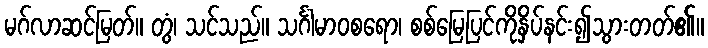
မဂ်လာဆင်မြတ်။ တွံ၊ သင်သည်။ သင်္ဂါမာဝစရော၊ စစ်မြေပြင်ကိုနှိပ်နင်း၍သွားတတ်၏။